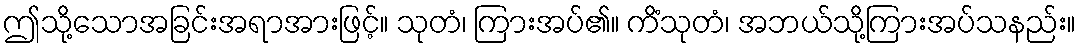
ဤသို့သောအခြင်းအရာအားဖြင့်။ သုတံ၊ ကြားအပ်၏။ ကိံသုတံ၊ အဘယ်သို့ကြားအပ်သနည်း။